38_143685_box_Incident_Summaries_173-233
Agency: Department of War
Page 2
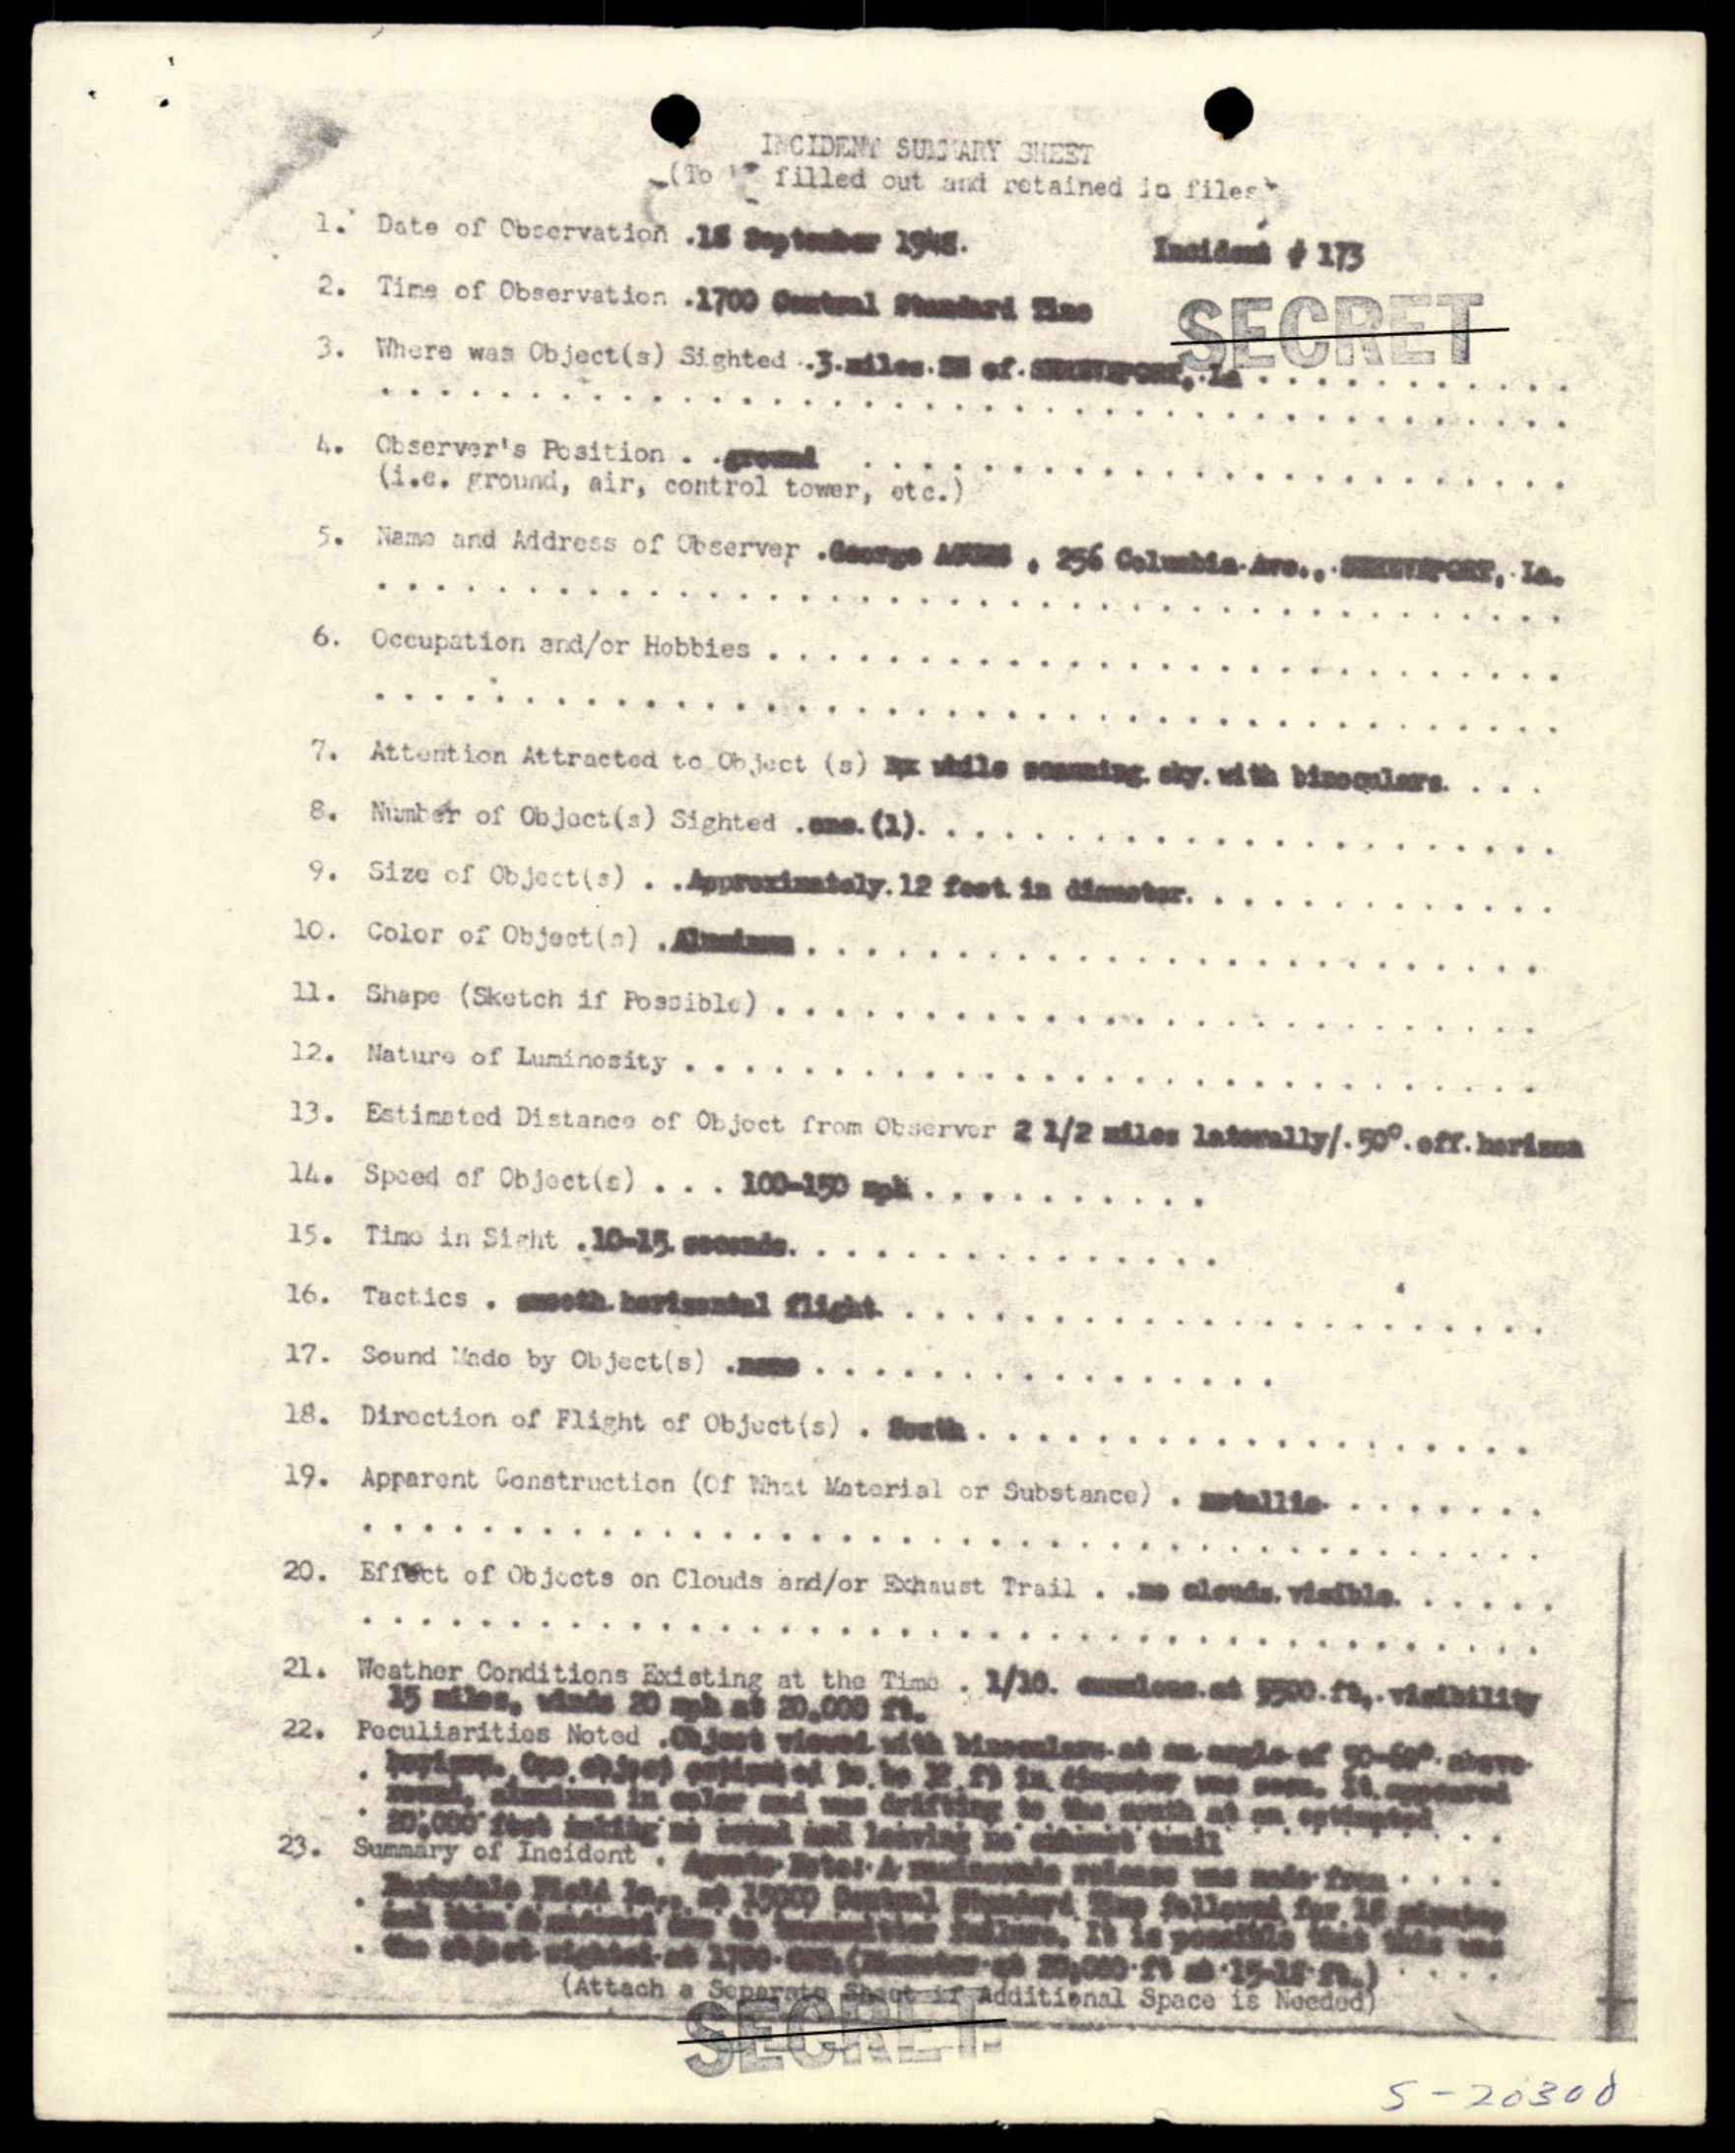